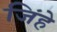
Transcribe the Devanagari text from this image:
जिंहे